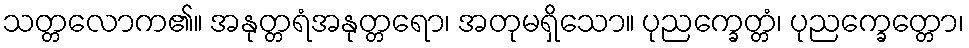
သတ္တလောက၏။ အနုတ္တရံအနုတ္တရော၊ အတုမရှိသော။ ပုညက္ခေတ္တံ၊ ပုညက္ခေတ္တော၊